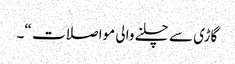
گاڑی سے چلنے والی مواصلات “۔